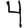
Digit: 4